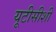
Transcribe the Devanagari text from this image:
यूटीसीशी